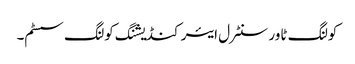
کولنگ ٹاور سنٹرل ایئر کنڈیشنگ کولنگ سسٹم۔